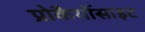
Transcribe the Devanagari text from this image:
प्रोकैर्योसाइट